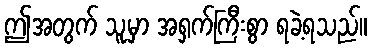
ဤအတွက် သူ့မှာ အရှက်ကြီးစွာ ရခဲ့ရသည်။